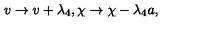
v \rightarrow v + \lambda _ { 4 } , \chi \rightarrow \chi - \lambda _ { 4 } a ,